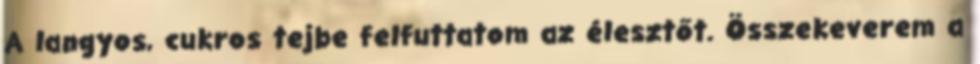
A langyos, cukros tejbe felfuttatom az élesztőt. Összekeverem a